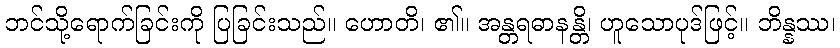
ဘင်သို့ရောက်ခြင်းကို ပြခြင်းသည်။ ဟောတိ၊ ၏။ အန္တရဓာနန္တိ၊ ဟူသောပုဒ်ဖြင့်။ ဘိန္နဿ၊